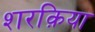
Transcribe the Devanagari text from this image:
शरक़िया